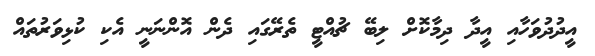
އީދުދުވަހާއި އީދާ ދިމާކޮށް ލިބޭ ޗުއްޓީ ތެރޭގައި ދެން އޮންނަނީ އެކި ކުޅިވަރުތައް